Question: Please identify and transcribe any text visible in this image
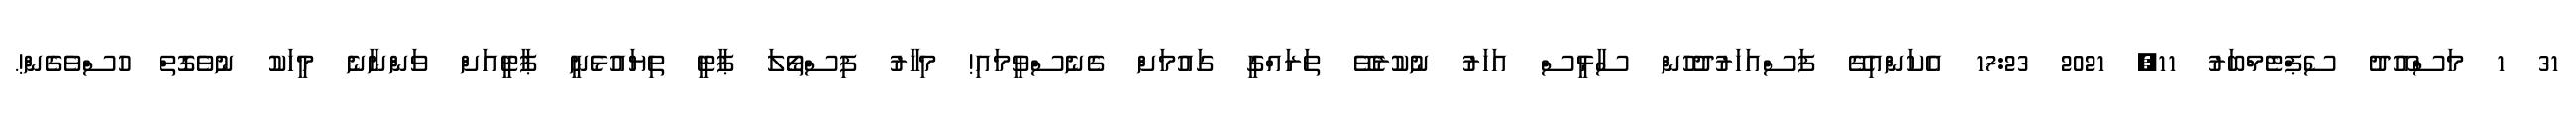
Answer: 31 1 މަސްއޫދު ސެޕްޓެމްބަރު 11, 2021 17:23 އެކަންއިގޭ ފަސްއަހަރުދުހުން ސާޅީސް އަހަރު ނުކުރެވޭ ތަރައްގީ ގައުމަށް ގެނެސްވީމައި! މިހާރު ފިސްތޯލަ ޕާޓީ ތިޔައުޅެނީ ޕާޓީއަށް ވަންނާނެ މީހަކު ނުވެގޮތް ހުސްވެގެން!.